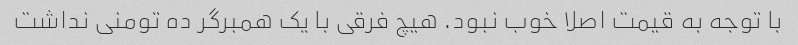
با توجه به قیمت اصلا خوب نبود. هیچ فرقی با یک همبرگر ده تومنی نداشت